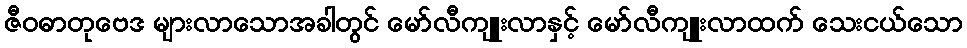
ဇီဝဓာတုဗေဒ များလာသောအခါတွင် မော်လီကျူးလာနှင့် မော်လီကျူးလာထက် သေးငယ်သော